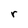
Character: r